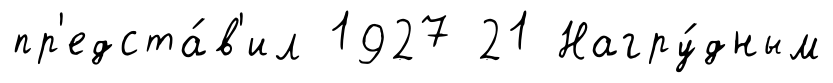
пр'едста́в'ил 1927 21 Нагру́дным